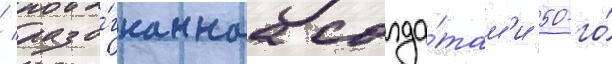
/ разо́гнаннаа солда́там'и 50-го́